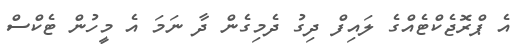
އެ ޕްރޮޖެކްޓެއްގެ ލައިފް ދިގު ދެމިގެން ދާ ނަމަ އެ މީހުން ޓެކްސް